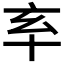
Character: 𠅋